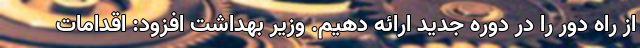
از راه دور را در دوره جدید ارائه دهیم. وزیر بهداشت افزود: اقدامات